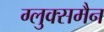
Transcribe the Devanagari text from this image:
ग्लुक्समैन